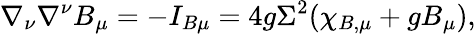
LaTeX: \nabla_{\nu}\nabla^{\nu}B_{\mu}=-I_{B\mu}=4g\Sigma^{2}(\chi_{B,\mu}+gB_{\mu}),